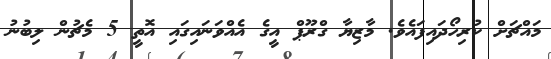
މައްޗަށް ކުރިހޯދައިފައެވެ. މާޒިޔާ ގްރޫޕް އީގެ އެއްވަނައިގައި އޮތީ 5 މެޗުން ލިބުނު